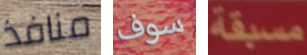
منافذ سوف مسبقة